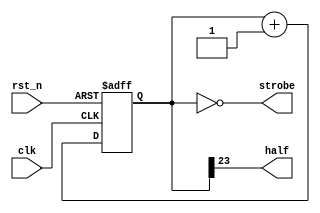

// this is a bot only a counter
// but also a counter-based FSM
module clk_divider
#( 
    parameter WIDTH = 24 
)(
    input  clk,
    input  rst_n,
    output strobe,
    output half
);
    localparam ZERO = { WIDTH { 1'b0 } };

    // state
    reg [WIDTH-1:0] counter;
    always @ (posedge clk or negedge rst_n)
    begin
        if (~rst_n)
            counter <= ZERO;
        else
            counter <= counter + 1; //next state
    end

    // state-based output
    assign strobe = (counter == ZERO);
    assign half   =  counter[WIDTH-1];

endmodule